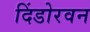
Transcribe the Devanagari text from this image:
दिंडोरवन